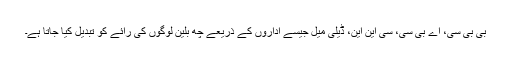
بی بی سی، اے بی سی، سی این این، ڈیلی میل جیسے اداروں کے ذریعے چھ بلین لوگوں کی رائے کو تبدیل کیا جاتا ہے۔